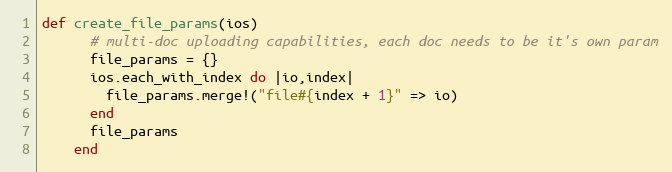
Language: Ruby
def create_file_params(ios)
      # multi-doc uploading capabilities, each doc needs to be it's own param
      file_params = {}
      ios.each_with_index do |io,index|
        file_params.merge!("file#{index + 1}" => io)
      end
      file_params
    end